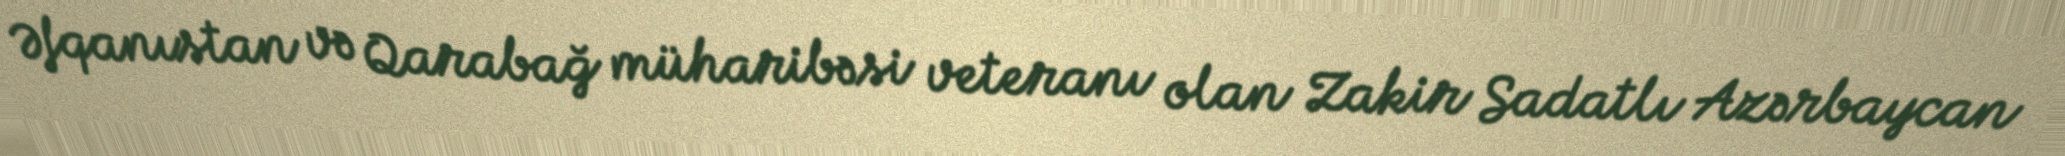
Əfqanıstan və Qarabağ müharibəsi veteranı olan Zakir Sadatlı Azərbaycan